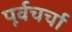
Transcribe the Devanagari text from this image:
पूर्वचर्चा